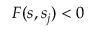
F ( s , s _ { j } ) < 0